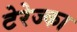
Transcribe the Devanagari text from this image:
टेरेज्का